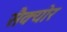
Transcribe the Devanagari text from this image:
सैक्योर